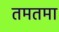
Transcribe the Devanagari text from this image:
तमतमा